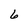
Character: 6